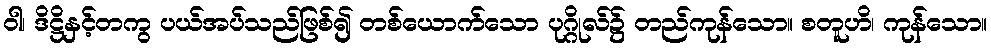
ဝါ၊ ဒိဋ္ဌိနှင့်တကွ ပယ်အပ်သည်ဖြစ်၍ တစ်ယောက်သော ပုဂ္ဂိုလ်၌ တည်ကုန်သော။ စတူဟိ၊ ကုန်သော။